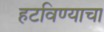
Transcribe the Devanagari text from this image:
हटविण्याचा